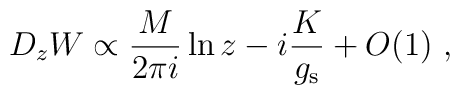
D_z W  \propto \frac{M}{2\pi i} \ln z - i\frac{K}{g_{\rm s}} + O(1)\ ,